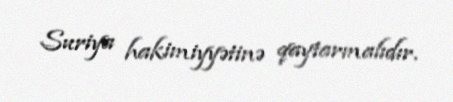
Suriya hakimiyyətinə qaytarmalıdır.